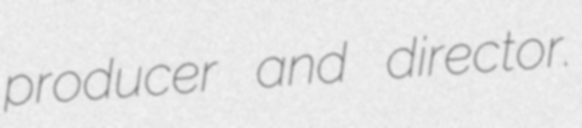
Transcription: producer and director.